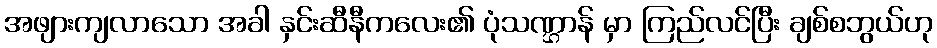
အဖျားကျလာသော အခါ နှင်းဆီနီကလေး၏ ပုံသဏ္ဌာန် မှာ ကြည်လင်ပြီး ချစ်စဘွယ်ဟု